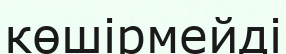
көшірмейді